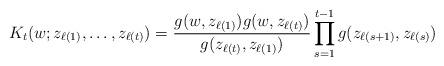
LaTeX: \begin{align*}K_{t}(w; z_{\ell(1)}, \ldots , z_{\ell(t)})=\frac{g(w, z_{\ell(1)})g(w, z_{\ell(t)})}{g(z_{\ell(t)}, z_{\ell(1)})}\prod_{s=1}^{t-1}g(z_{\ell(s+1)}, z_{\ell(s)}) \end{align*}